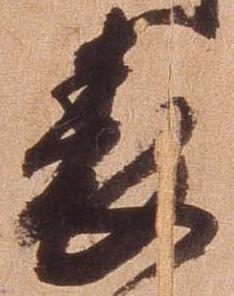
表